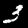
Label: 3